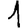
Digit: 1